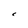
Character: C